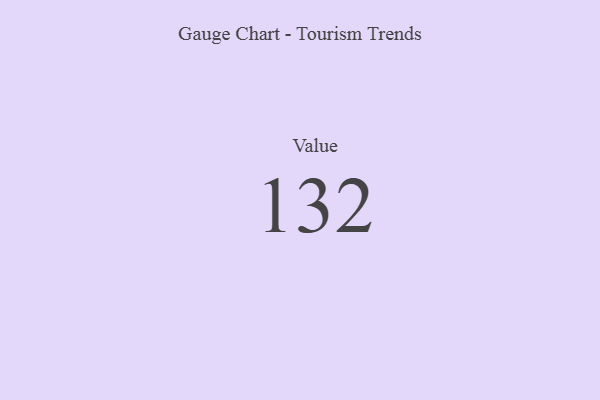
{"axis": {"x": "Metric", "y": "Value"}, "legend": [""], "data": [{"x": "Value", "y": 132, "type": ""}]}